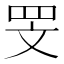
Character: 𮲖